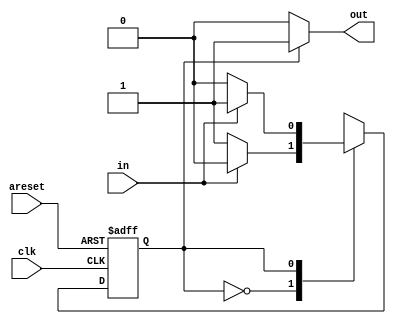
module top_module(
    input clk,
    input areset,    // Asynchronous reset to state B
    input in,
    output out);//  

    parameter A=1'b0, B=1'b1; 
    reg state, next_state;

    always @(*) begin    // This is a combinational always block
        case(state)
            A:next_state = in?A:B;
            B:next_state = in?B:A;
        endcase
    end

    always @(posedge clk, posedge areset) begin    // This is a sequential always block
        if(areset) state<=B;
        else state<=next_state;
    end

    // Output logic
    assign out = (state == B)?1'b1:1'b0;

endmodule